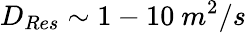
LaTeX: D_{Res}\sim 1-10\ m^{2}/s